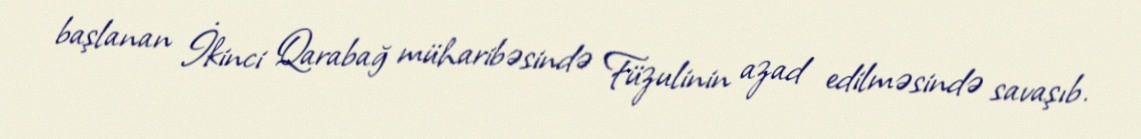
başlanan İkinci Qarabağ müharibəsində Füzulinin azad edilməsində savaşıb.